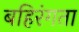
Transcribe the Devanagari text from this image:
बहिरंगता